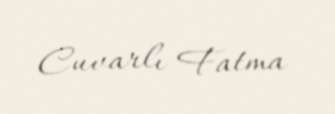
Cuvarlı Fatma